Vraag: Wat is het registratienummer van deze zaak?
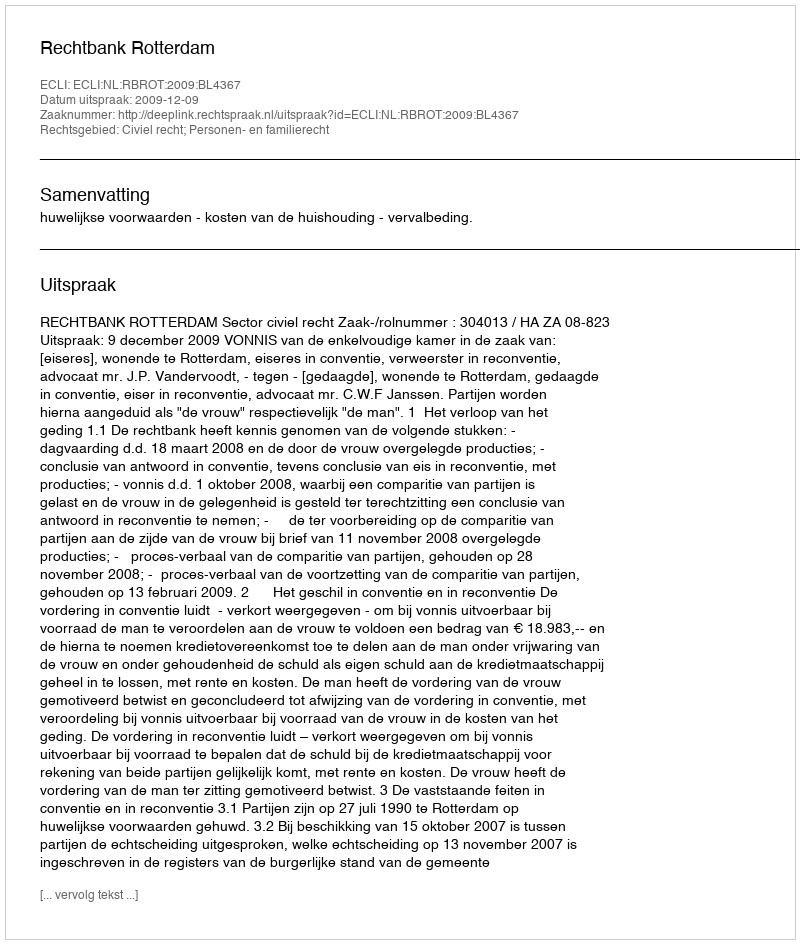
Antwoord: http://deeplink.rechtspraak.nl/uitspraak?id=ECLI:NL:RBROT:2009:BL4367